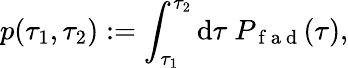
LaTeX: p(\tau_{1},\tau_{2}):=\int_{\tau_{1}}^{\tau_{2}}\mathrm{d}\tau~P_{\mathrm{{~f~a~\mathrm{d}~}}}(\tau),